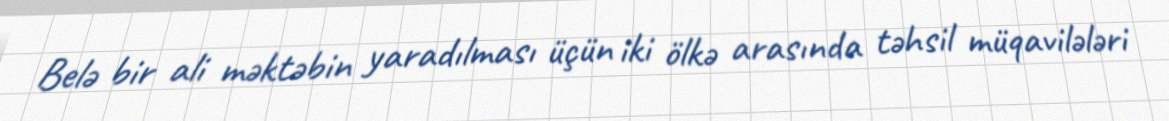
Belə bir ali məktəbin yaradılması üçün iki ölkə arasında təhsil müqavilələri